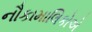
નૌકામાલિકોએ